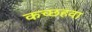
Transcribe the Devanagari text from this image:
कच्छहवा